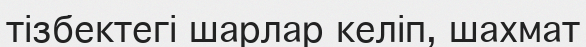
тізбектегі шарлар келіп, шахмат